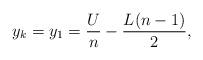
LaTeX: \begin{align*} y_k=y_1=\frac{U}{n}-\frac{L(n-1)}{2}, \end{align*}